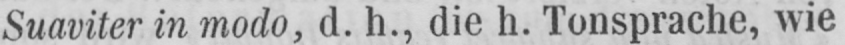
Suaviter in modo, d. h., die h. Tonsprache, wie